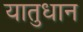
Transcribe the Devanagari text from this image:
यातुधान